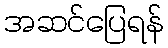
အဆင်ပြေရန်